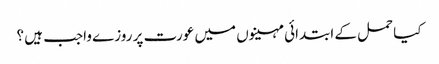
کیا حمل کے ابتدائی مہینوں میں عورت پر روزے واجب ہیں ؟